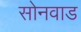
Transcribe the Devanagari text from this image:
सोनवाड